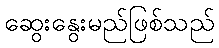
ဆွေးနွေးမည်ဖြစ်သည်